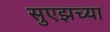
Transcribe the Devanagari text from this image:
सुएझच्या